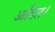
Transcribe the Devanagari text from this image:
आदिल।